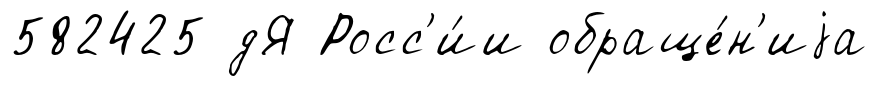
582425 дЯ Росс'и́и обраще́н'иjа